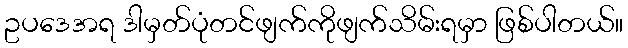
ဥပဒေအရ ဒါမှတ်ပုံတင်ဖျက်ကိုဖျက်သိမ်းရမှာ ဖြစ်ပါတယ်။